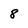
Character: 8